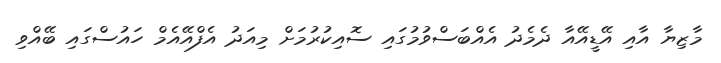
މާޒިޔާ އާއި އޭޑީއޭއާ ދެމެދު އެއްބަސްވުމުގައި ސޮއިކުރުމަށް މިއަދު އެފްއޭއެމް ހައުސްގައި ބޭއްވި